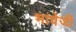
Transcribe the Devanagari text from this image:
भावेजी